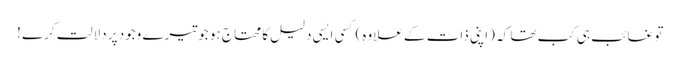
تو غائب ہی کب تھا کہ (اپنی ذات کے علاوہ) کسی ایسی دلیل کا محتاج ہو جو تیرے وجود پر دلالت کرے !